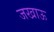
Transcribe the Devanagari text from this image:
जखाऊ